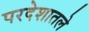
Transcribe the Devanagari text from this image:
परदेशातले